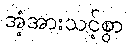
အံ့အားသင့်စွာ